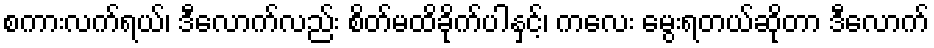
စကားလက်ရယ်၊ ဒီလောက်လည်း စိတ်မထိခိုက်ပါနှင့်၊ ကလေး မွေးရတယ်ဆိုတာ ဒီလောက်